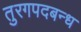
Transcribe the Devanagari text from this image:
तुरगपदबन्ध